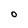
Character: O